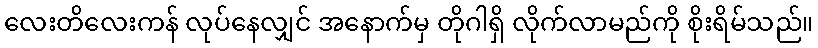
လေးတိလေးကန် လုပ်နေလျှင် အနောက်မှ တိုဂါရှိ လိုက်လာမည်ကို စိုးရိမ်သည်။